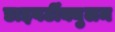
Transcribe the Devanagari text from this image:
डाइवर्टीक्युलम